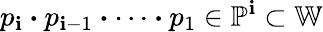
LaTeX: p_{\mathbf{i}}\boldsymbol{\cdot}p_{\mathbf{i}-1}\boldsymbol{\cdot}\dots\boldsymbol{\cdot}p_{1}\in\mathbb{{P}}^{\mathbf{i}}\subset\mathbb{{W}}